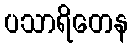
ပသာရိတေန